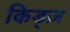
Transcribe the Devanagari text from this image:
किड्ज़